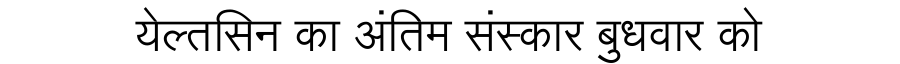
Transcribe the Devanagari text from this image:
येल्तसिन का अंतिम संस्कार बुधवार को